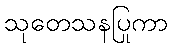
သုတေသနပြုကာ